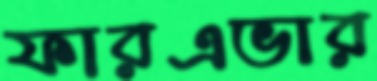
ফারএভার